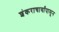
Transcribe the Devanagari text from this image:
शंकराचार्यांपासून